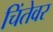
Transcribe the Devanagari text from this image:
चिंतेवर